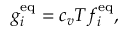
g _ { i } ^ { \mathrm { e q } } = c _ { v } T f _ { i } ^ { \mathrm { e q } } ,